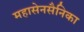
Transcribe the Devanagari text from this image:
महासेनसैनिका